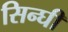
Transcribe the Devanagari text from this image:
सिन्घी